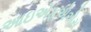
આઇએફએએસ